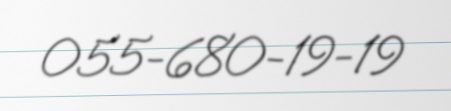
055-680-19-19